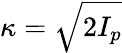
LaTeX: \kappa=\sqrt{2I_{p}}